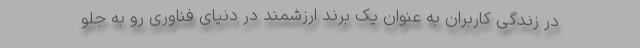
در زندگی کاربران به عنوان یک برند ارزشمند در دنیای فناوری رو به جلو